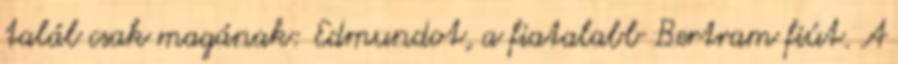
talál csak magának: Edmundot, a fiatalabb Bertram fiút. A